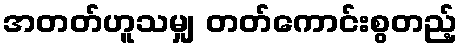
အတတ်ဟူသမျှ တတ်ကောင်းစွတည့်